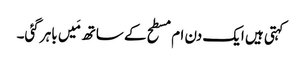
کہتی ہیں ایک دن ام مسطح کے ساتھ مَیں باہر گئی۔